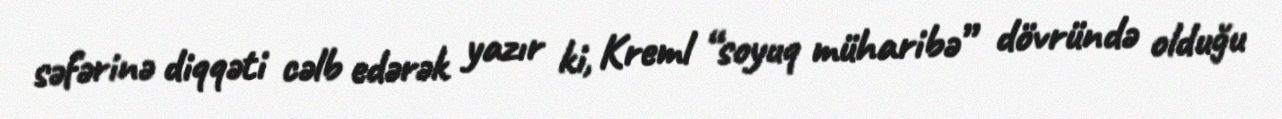
səfərinə diqqəti cəlb edərək yazır ki, Kreml “soyuq müharibə” dövründə olduğu